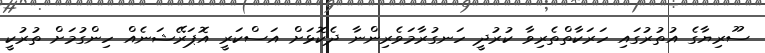
ސޫރިޔާގެ އުތުރުގައި ހަރަކާތްތެރިވާ ކުރުދީ ހަނގުރާމަވެރިންނާ ދެކޮޅަށް އަސްކަރީ އޮޕަރޭޝަނެއް ހިންގުމަށް ތުރުކީ